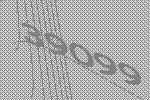
39099